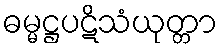
ဓမ္မဋ္ဌပဋိသံယုတ္တာ